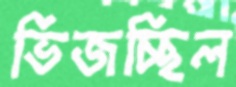
ভিজচ্ছিল